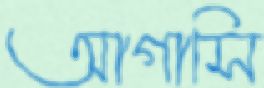
আগাসি